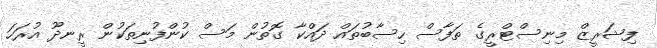
ފިޝަރީޒް މިނިސްޓްރީގެ ތަފާސް ހިސާބުތައް ދައްކާ ގޮތުން މަސް ކުންފުނިތަކުން ރީނދޫ އުރަހަ